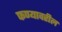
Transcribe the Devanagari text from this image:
फण्यावरील